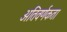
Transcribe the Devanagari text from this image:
अतिवर्णकता